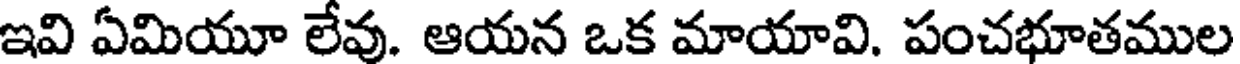
ఇవి ఏమియూ లేవు. ఆయన ఒక మాయావి. పంచభూతముల